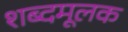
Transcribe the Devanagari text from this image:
शब्दमूलक